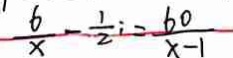
\frac { 6 } { x } - \frac { 1 } { 2 } i = \frac { 6 0 } { x - 1 }